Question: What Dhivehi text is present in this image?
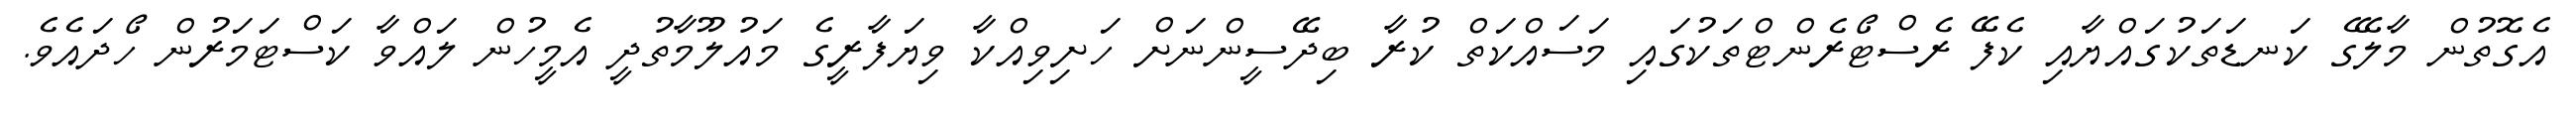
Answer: އެގޮތުން މާލޭގެ ކަނޑަތަކުގައްޔާއި ކެފޭ ރެސްޓޯރެންޓްތަކުގައި މަސައްކަތް ކުރާ ބިދޭސީންނަށް ހަށިވިއްކާ ވިޔަފާރީގެ މައުލޫމާތުދީ އެމީހުން ލައްވާ ކަސްޓަމަރުން ހޯދައެވެ.